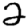
Digit: 2